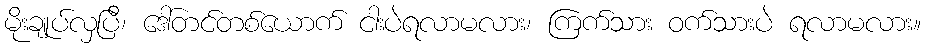
မိုးချုပ်လှပြီ၊ ဒေါ်တင်တစ်ယောက် ငါးပဲရလာမလား၊ ကြက်သား ဝက်သားပဲ ရလာမလား။